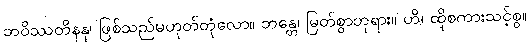
ဘဝိဿတိနနု၊ ဖြစ်သည်မဟုတ်တုံလော။ ဘန္တေ၊ မြတ်စွာဘုရား။ ဟိ၊ ထိုစကားသင့်စွ။